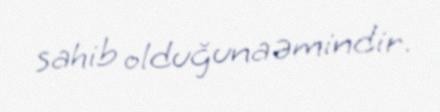
sahib olduğuna əmindir.